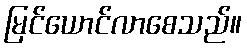
မြင်ယောင်လာစေသည်။